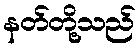
နတ်တို့သည်